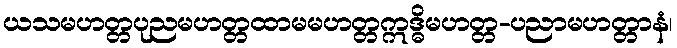
ယသမဟတ္တပုညမဟတ္တထာမမဟတ္တဣဒ္ဓိမဟတ္တ-ပညာမဟတ္တာနံ၊